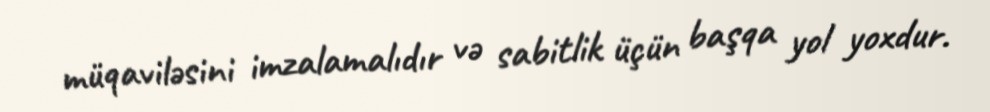
müqaviləsini imzalamalıdır və sabitlik üçün başqa yol yoxdur.